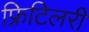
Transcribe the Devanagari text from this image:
फ़्रिटिलरी